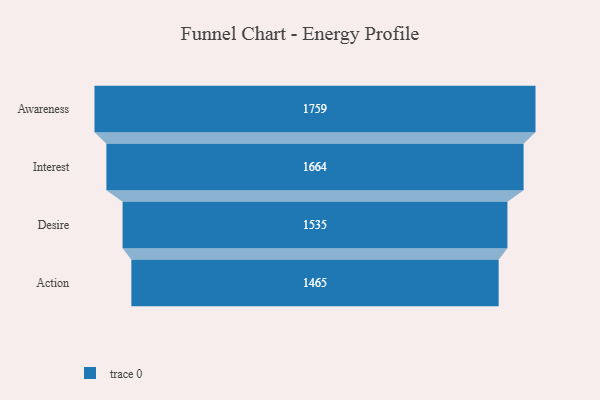
{"axis": {"x": "Stage", "y": "Value"}, "legend": [""], "data": [{"x": "Awareness", "y": 1759.0, "type": ""}, {"x": "Interest", "y": 1664.0, "type": ""}, {"x": "Desire", "y": 1535.0, "type": ""}, {"x": "Action", "y": 1465.0, "type": ""}]}